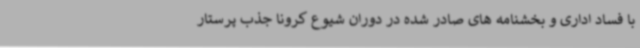
با فساد اداری و بخشنامه های صادر شده در دوران شیوع کرونا جذب پرستار